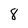
Character: 8